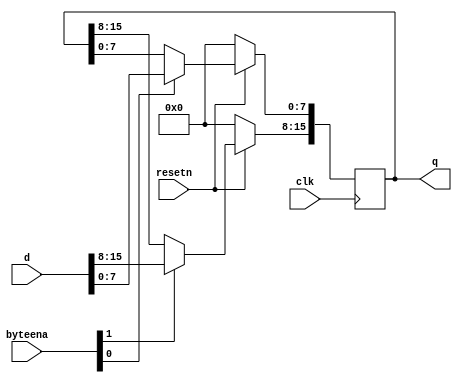
module top_module (
    input clk,
    input resetn,
    input [1:0] byteena,
    input [15:0] d,
    output reg [15:0] q 
);

    always @(posedge clk) begin
        if (!resetn) begin
            q <= 16'b0; // Synchronous reset to 0
        end
        else begin
            if (byteena[1]) begin
                q[15:8] <= d[15:8]; // Update upper byte
            end
            if (byteena[0]) begin
                q[7:0] <= d[7:0]; // Update lower byte
            end
            // If neither byte is enabled, q retains its value, no explicit handling needed
        end
    end
endmodule